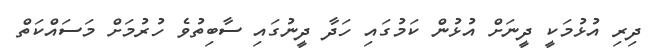
ދިރި އުޅުމަކީ ދީނަށް އުޅުން ކަމުގައި ހަދާ ދީނުގައި ސާބިތުވެ ހުރުމަށް މަސައްކަތް